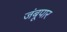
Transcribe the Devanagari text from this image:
जंबूपार